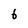
Character: 6